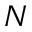
N